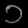
Digit: ၁